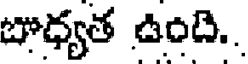
బాధ్యత ఉంది..